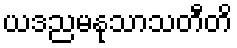
ယဒညမနုသာသတီတိ